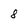
Character: 8